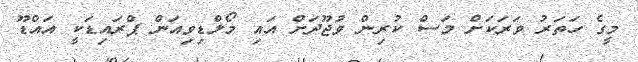
މީގެ ހަތަރު ވަރަކަށް މަސް ކުރިން ވުޖޫދަށް އައި މޯލްޑިވިއަން ޕްރައިޑަކީ އައްޑޫ